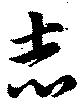
志